Annual report on the lock hospitals of the Madras Presidency
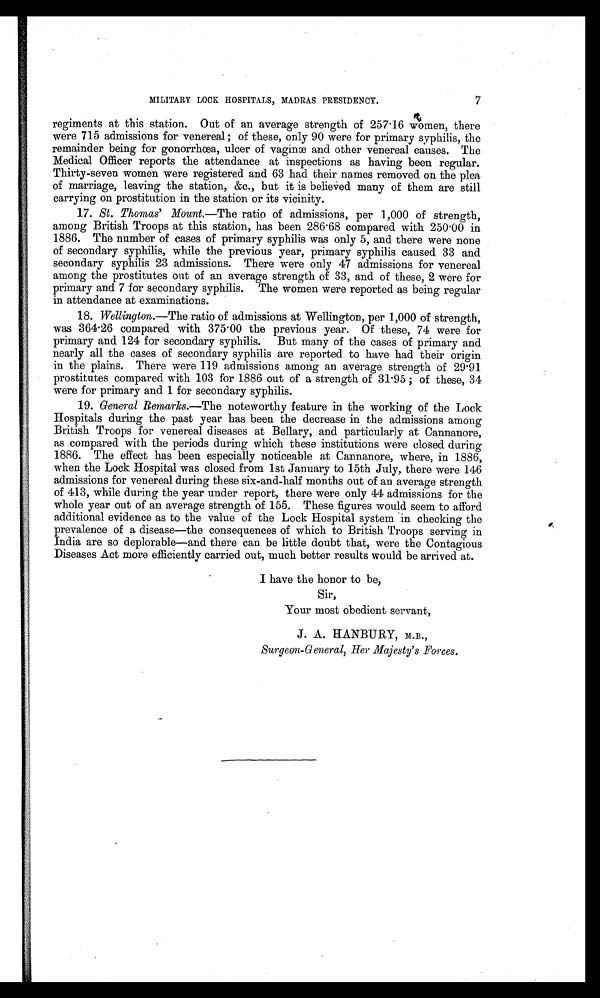
7
MILITARY LOCK HOSPITALS, MADRAS PRESIDENCY.
regiments at this station. Out of an average strength of 257 . 16 women, there
were 715 admissions for venereal ; of these, only 90 were for primary syphilis, the
remainder being for gonorrhœa, ulcer of vaginæ and other venereal causes. The
Medical Officer reports the attendance at inspections as having been regular.
Thirty-seven women were registered and 63 had their names removed on the plea
of marriage, leaving the station, &c., but it is believed many of them are still
carrying on prostitution in the station or its vicinity.
17. St. Thomas' Mount.—The ratio of admissions, per 1,000 of strength,
among British Troops at this station, has been 286.68 compared with 250 .00 in
1886. The number of cases of primary syphilis was only 5, and there were none
of secondary syphilis, while the previous year, primary syphilis caused 33 and
secondary syphilis 23 admissions. There were only 47 admissions for venereal
among the prostitutes out of an average strength of 33, and of these, 2 were for
primary and 7 for secondary syphilis. The women were reported as being regular
in attendance at examinations.
18. Wellington.— The ratio of admissions at Wellington, per 1,000 of strength,
was 364.26 compared with 375·00 the previous year. Of these, 74 were for
primary and 124 for secondary syphilis. But many of the cases of primary and
nearly all the cases of secondary syphilis are reported to have had their origin
in the plains. There were 119 admissions among an average strength of 29.91
prostitutes compared with 103 for 1886 out of a strength of 31 . 95 ; of these, 34
were for primary and 1 for secondary syphilis.
19. General Remarks.—The noteworthy feature in the working of the Lock
Hospitals during the past year has been the decrease in the admissions among
British Troops for venereal diseases at Bellary, and particularly at Cannanore,
as compared with the periods during which these institutions were closed during
1886. The effect has been especially noticeable at Cannanore, where, in 1886,
when the Lock Hospital was closed from 1st January to 15th July, there were 146
admissions for venereal during these six-and-half months out of an average strength
of 413, while during the year under report, there were only 44 admissions for the
whole year out of an average strength of 155. These figures would seem to afford
additional evidence as to the value of the Lock Hospital system in checking the
prevalence of a disease—the consequences of which to British Troops serving in
India are so deplorable—and there can be little doubt that, were the Contagious
Diseases Act more efficiently carried out, much better results would be arrived at.
I have the honor to be,
Sir,
Your most obedient servant,
J. A. HANBURY, M.B.,
Surgeon-General, Her Majesty's Forces.